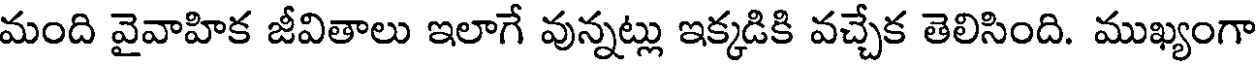
మంది వైవాహిక జీవితాలు ఇలాగే వున్నట్లు ఇక్కడికి వచ్చేక తెలిసింది. ముఖ్యంగా